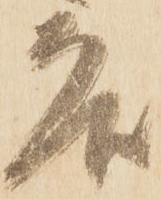
各